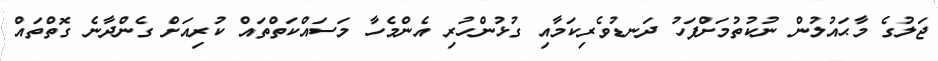
ޖަލުގެ މާޙައުލުން ނުކުތުމަށްފަހު ދަނޑުވެރިކަމާއި ގުޅުންހުރި އެންމެހާ މަސައްކަތްތައް ކުރިއަށް ގެންދާނެ ގޮތްތައް